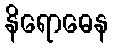
နိရောဓေန